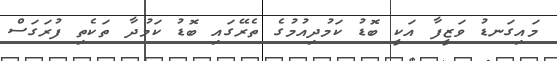
މައިގަނޑު ވަޒީފާ އަކީ ބޮޑު ކަމުދިއުމުގެ ތެރޭގައި ބޮޑު ކަމުދާ ތަކެތި ފުރަގަސް